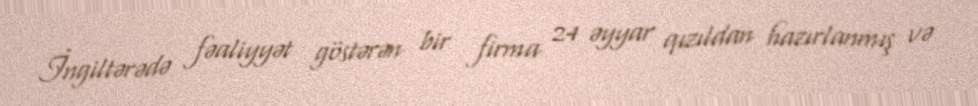
İngiltərədə fəaliyyət göstərən bir firma 24 əyyar qızıldan hazırlanmış və